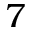
7